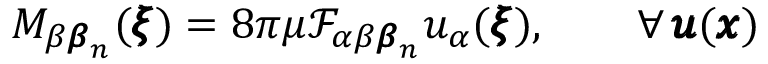
M _ { \beta { \pmb \beta } _ { n } } ( { \pmb \xi } ) = 8 \pi \mu \mathcal { F } _ { \alpha \beta { \pmb \beta } _ { n } } u _ { \alpha } ( { \pmb \xi } ) , \qquad { \forall \, { \pmb u } ( { \pmb x } ) }